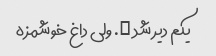
یکم دیر شد …. ولی داغ خوشمزه